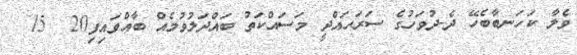
ވެލާ ކަހަނބާބެހޭ ދެ-ދުވަހުގެ ސަރަޙައްދީ މަސައްކަތު ބައްދަލުވުމެއް ބާއްވައިފި20  15